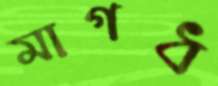
মাগধ